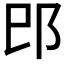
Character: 𰻠